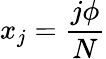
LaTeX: x_{j}={\frac{j\phi}{N}}